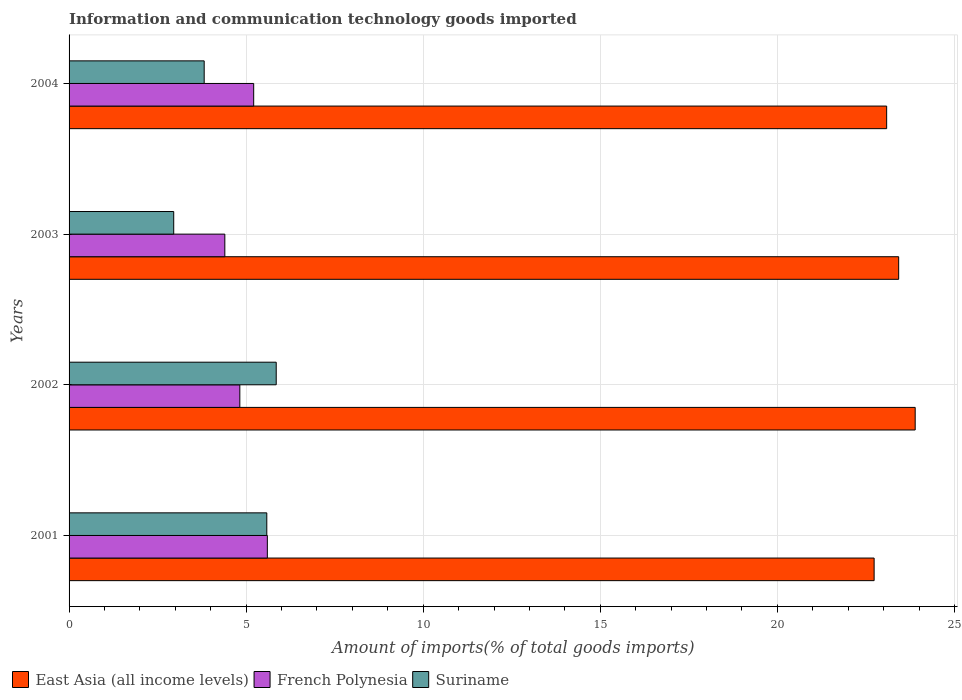
| Years | East Asia (all income levels) | French Polynesia | Suriname |
 | --- | --- | --- | --- |
 | 2001 | 22.7 | 5.6 | 5.58 |
 | 2002 | 23.9 | 4.82 | 5.85 |
 | 2003 | 23.4 | 4.4 | 2.95 |
 | 2004 | 23.1 | 5.21 | 3.81 |